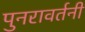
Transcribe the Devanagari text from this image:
पुनरावर्तनी